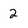
Character: 2